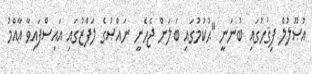
އުޞޫލުލް ފިޤުހުގައި ބުނަނީ ''ޙުކުމުގައި ބަލަން ޖެހެނީ ނައްޞުގެ ލަފްޒުގައި އައިސްފައިވާ ޢާއްމު